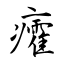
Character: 癨